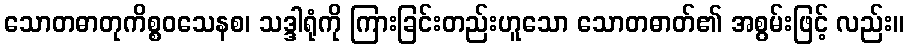
သောတဓာတုကိစ္စဝသေနစ၊ သဒ္ဒါရုံကို ကြားခြင်းတည်းဟူသော သောတဓာတ်၏ အစွမ်းဖြင့် လည်း။